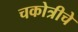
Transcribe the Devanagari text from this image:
चकोत्रीचे